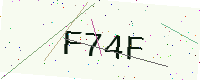
Text: F74F